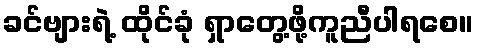
ခင်ဗျားရဲ့ ထိုင်ခုံ ရှာတွေ့ဖို့ကူညီပါရစေ။